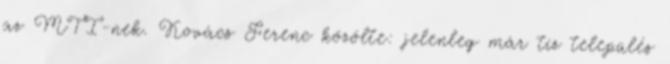
az MTI-nek. Kovács Ferenc közölte: jelenleg már tíz település